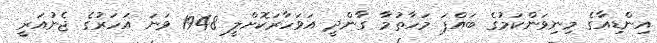
އިންޑިއާގެ މިނިވަންކަމުގެ ބައްޕަ މަހާތުމާ ގާންދީ އަވަހާރަކޮށްލީ 1948 ވަނަ އަހަރުގެ ޖެނުއަރީ